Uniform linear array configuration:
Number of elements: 32
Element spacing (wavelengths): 0.75
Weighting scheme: blackman
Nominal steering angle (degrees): -30
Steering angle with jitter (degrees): -29.645
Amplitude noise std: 0.05
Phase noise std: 0.05

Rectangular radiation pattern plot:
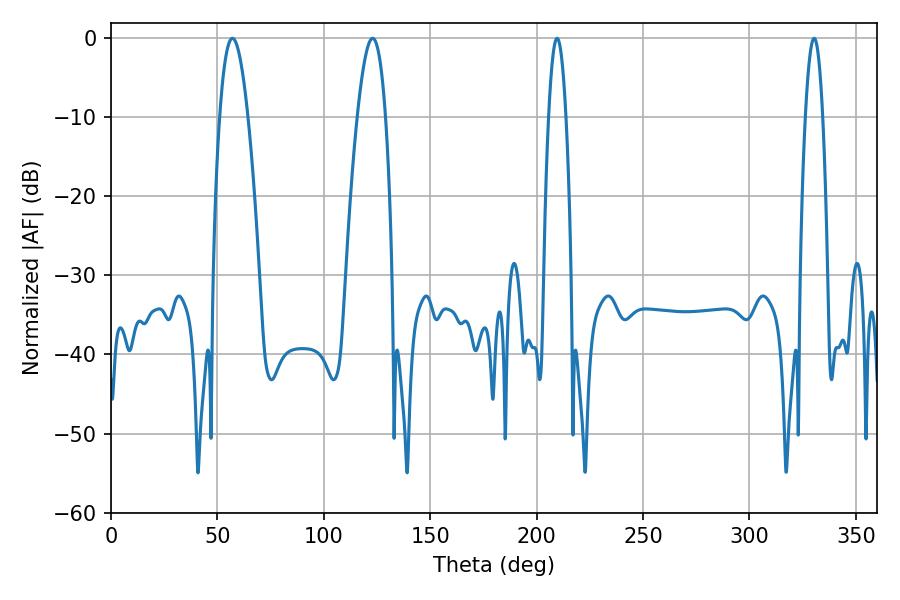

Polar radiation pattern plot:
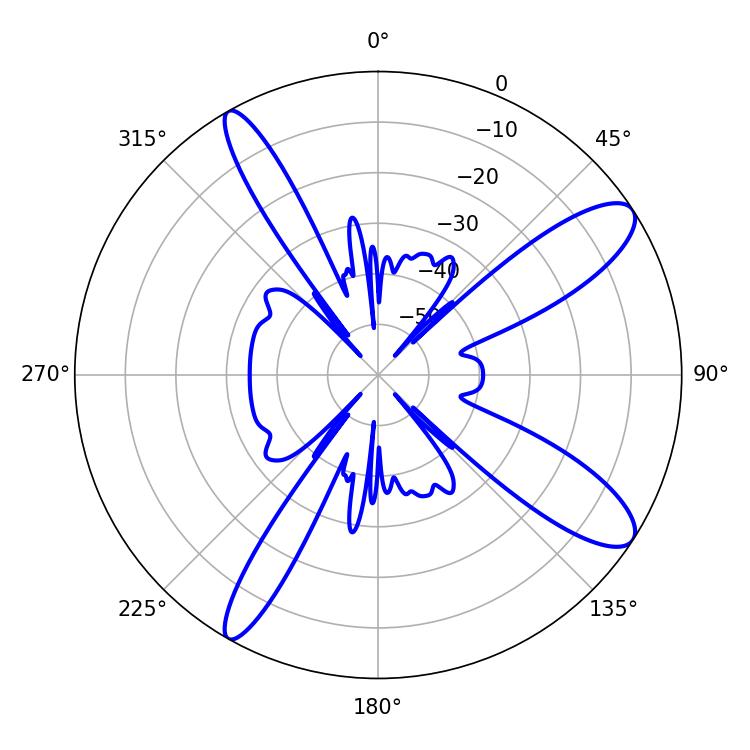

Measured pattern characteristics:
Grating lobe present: TRUE
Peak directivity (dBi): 11.351
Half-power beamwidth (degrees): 7.2
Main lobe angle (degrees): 57.06